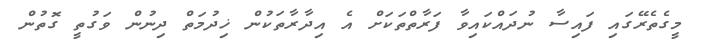
މީގެތެރޭގައި ފައިސާ ނުދައްކައިވާ ފަރާތްތަކަށް އެ އިދާރާތަކުން ޚިދުމަތް ދިނުން ވަގުތީ ގޮތުން